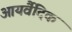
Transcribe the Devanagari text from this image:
आयर्वैदिक